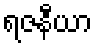
ရဇနီယာ